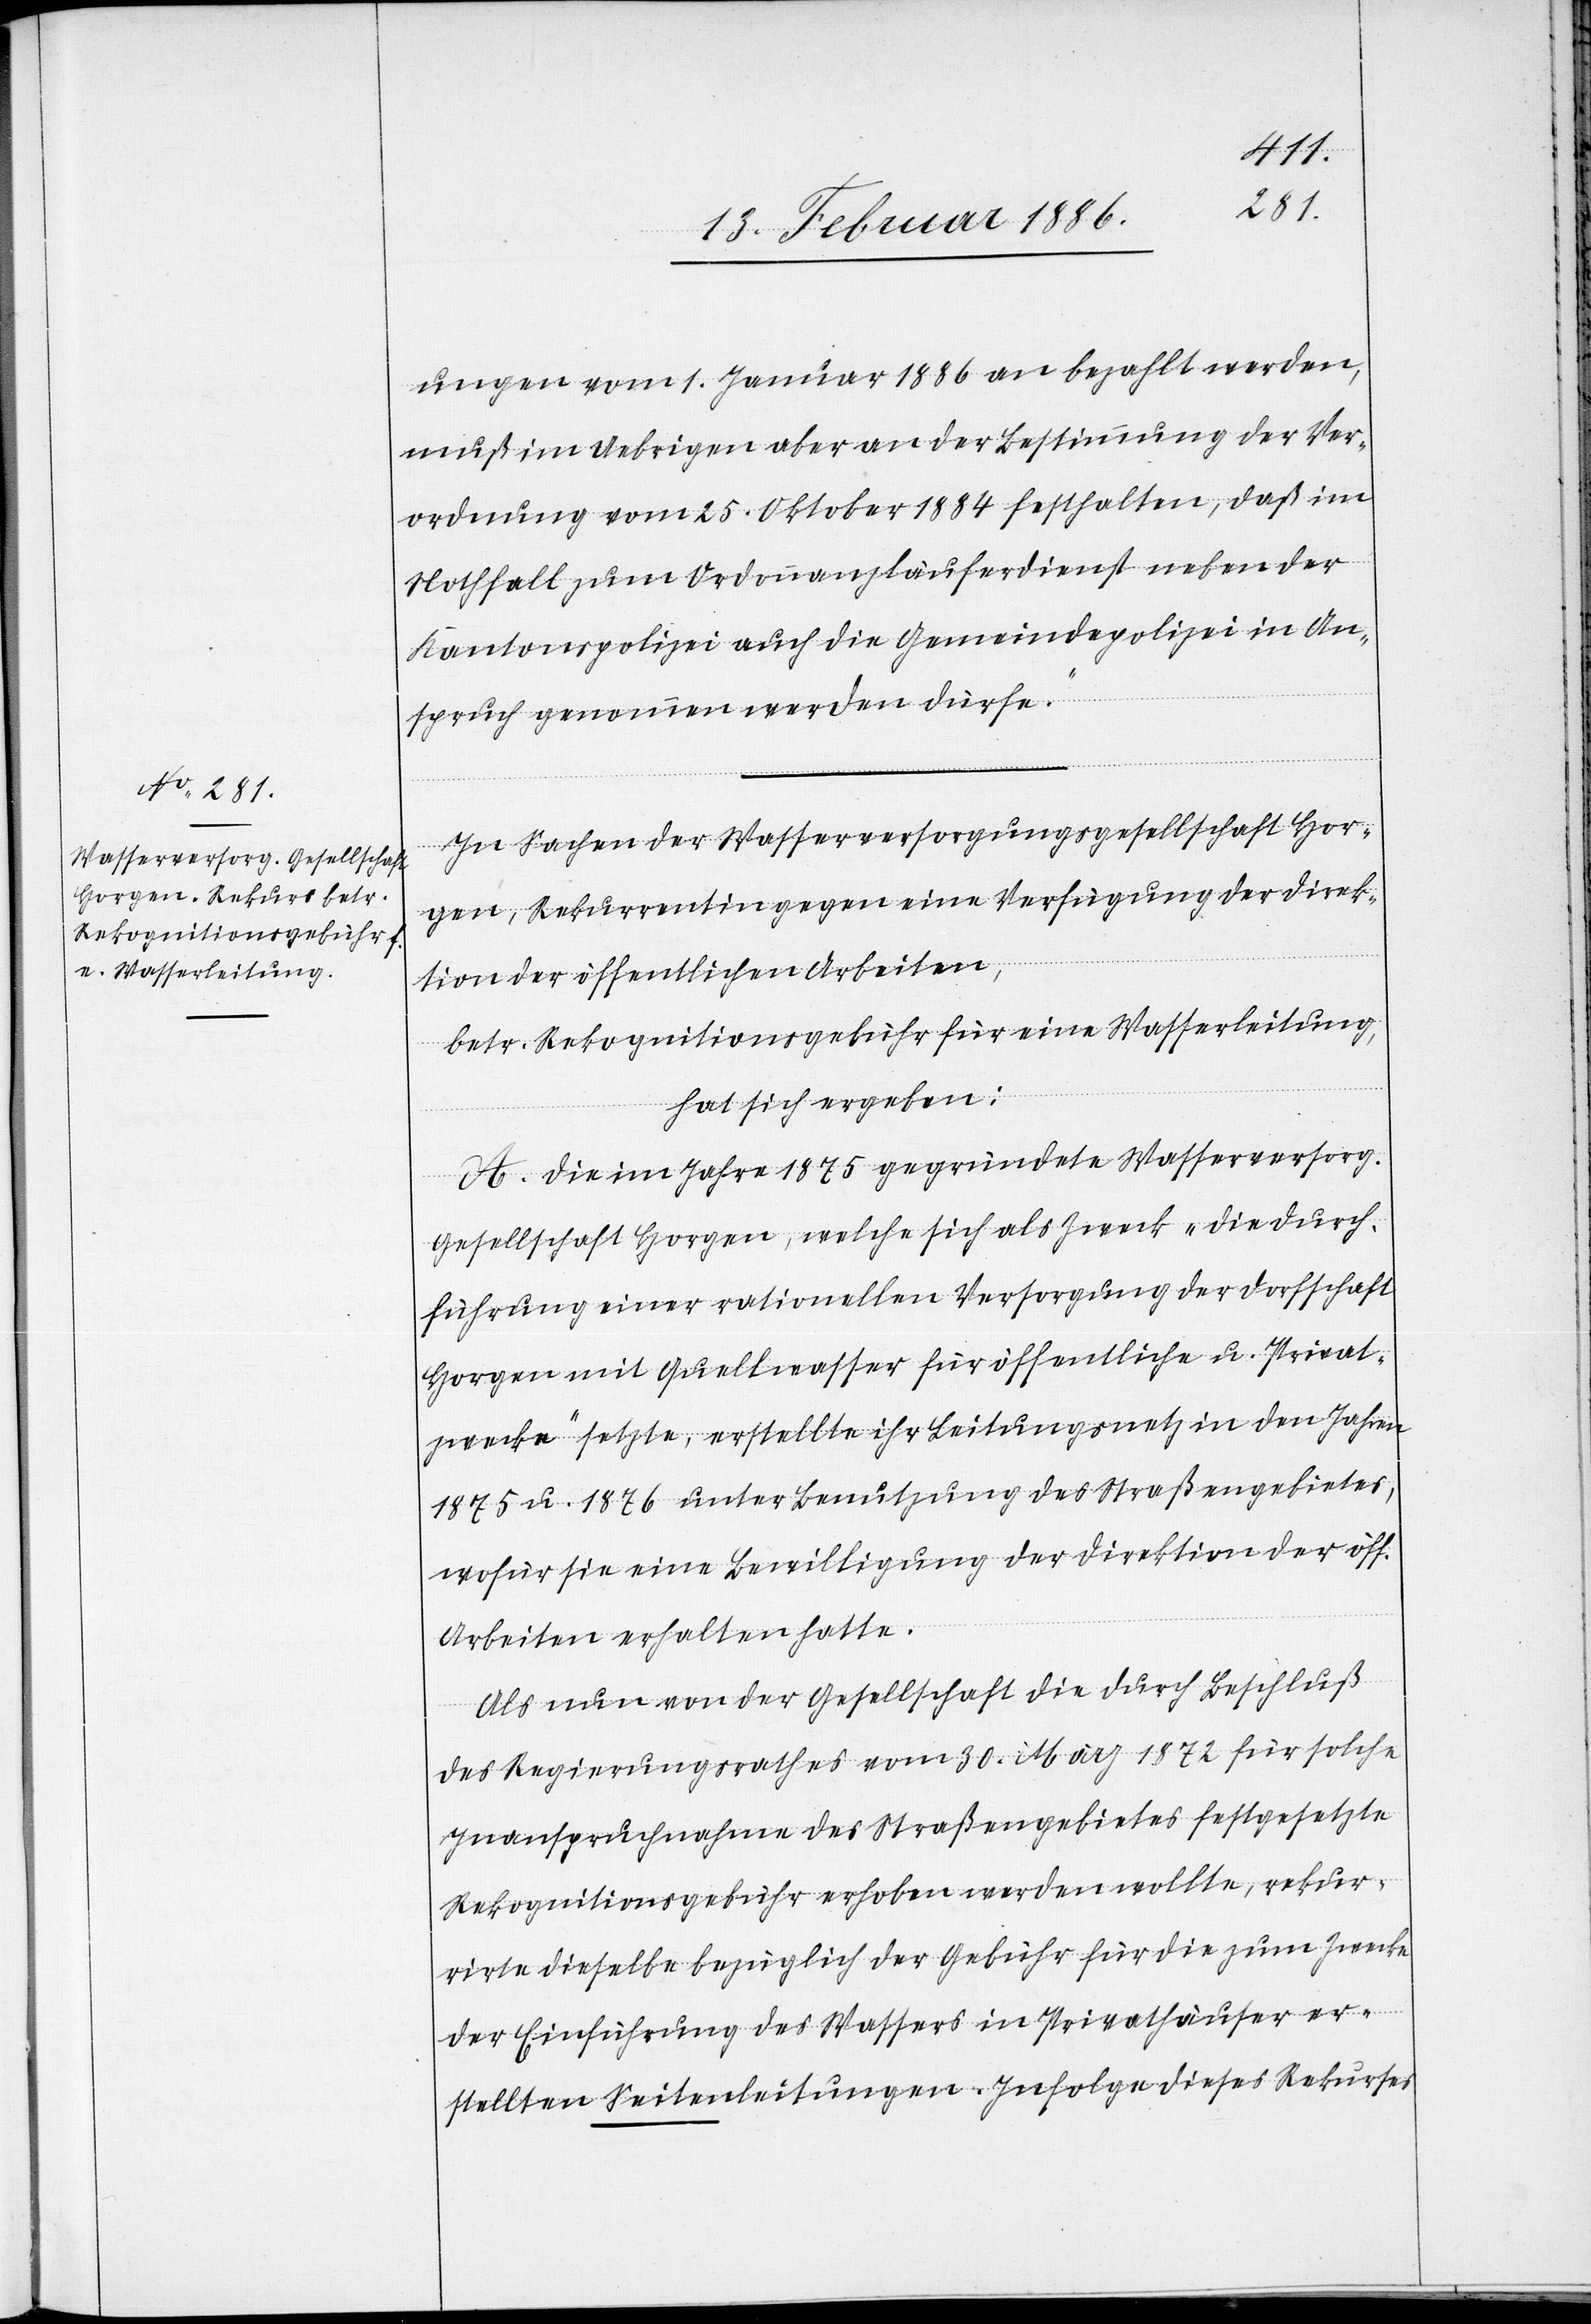
tlichen
ungen vom 1. Januar 1886 an bezahlt werden,
muß im Uebrigen aber an der Bestimmung der Ver¬
ordnung vom 25. Oktober 1884 festhalten, daß im
Nothfall zum Ordonnanzläuferdienst neben der
Kantonspolizei auch die Gemeindepolizei in An¬
spruch genommen werden dürfte.“
In Sachen der Wasserversorgungsgesellschaft Hor¬
gen, Rekurrentin gegen eine Verfügung der Direk¬
tion der öffentlichen Arbeiten,
betr. Rekognitionsgebühr für eine Wasserleitung,
hat sich ergeben:
A. Die im Jahre 1875 gegründete Wasserversorgun¬
gsgesellschaft Horgen, welche sich als Zweck „die Durch¬
führung einer rationellen Versorgung der Dorfschaft
Horgen mit Quellwasser für öffentliche u. Privat¬
zwecke“ setzte, erstellte ihr Leitungsnetz in den Jahren
1875 u. 1876 unter Benutzung des Straßengebietes,
wofür sie eine Bewilligung der Direktion der öffen¬
Arbeiten erhalten hatte.
Als nun von der Gesellschaft die durch Beschluß
des Regierungsrathes vom 30. März 1872 für solche
Inanspruchnahme des Straßengebietes festgesetzte
Rekognitionsgebühr erhoben werden wollte, rekur¬
rirte dieselbe bezüglich der Gebühr für die zum Zwecke
der Einführung des Wassers in Privathäusern er¬
stellten Seitenleitungen. Infolge dieses Rekurses